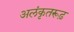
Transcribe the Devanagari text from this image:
अलंकृतरूढ़